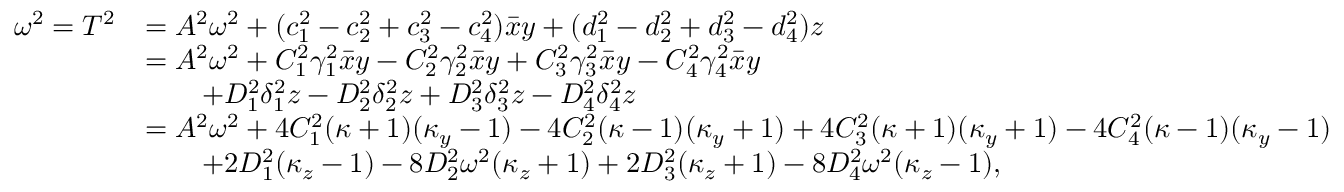
\begin{array} { r l } { \omega ^ { 2 } = T ^ { 2 } } & { = A ^ { 2 } \omega ^ { 2 } + ( c _ { 1 } ^ { 2 } - c _ { 2 } ^ { 2 } + c _ { 3 } ^ { 2 } - c _ { 4 } ^ { 2 } ) \bar { x } y + ( d _ { 1 } ^ { 2 } - d _ { 2 } ^ { 2 } + d _ { 3 } ^ { 2 } - d _ { 4 } ^ { 2 } ) z } \\ & { = A ^ { 2 } \omega ^ { 2 } + C _ { 1 } ^ { 2 } \gamma _ { 1 } ^ { 2 } \bar { x } y - C _ { 2 } ^ { 2 } \gamma _ { 2 } ^ { 2 } \bar { x } y + C _ { 3 } ^ { 2 } \gamma _ { 3 } ^ { 2 } \bar { x } y - C _ { 4 } ^ { 2 } \gamma _ { 4 } ^ { 2 } \bar { x } y } \\ & { \qquad + D _ { 1 } ^ { 2 } \delta _ { 1 } ^ { 2 } z - D _ { 2 } ^ { 2 } \delta _ { 2 } ^ { 2 } z + D _ { 3 } ^ { 2 } \delta _ { 3 } ^ { 2 } z - D _ { 4 } ^ { 2 } \delta _ { 4 } ^ { 2 } z } \\ & { = A ^ { 2 } \omega ^ { 2 } + 4 C _ { 1 } ^ { 2 } ( \kappa + 1 ) ( \kappa _ { y } - 1 ) - 4 C _ { 2 } ^ { 2 } ( \kappa - 1 ) ( \kappa _ { y } + 1 ) + 4 C _ { 3 } ^ { 2 } ( \kappa + 1 ) ( \kappa _ { y } + 1 ) - 4 C _ { 4 } ^ { 2 } ( \kappa - 1 ) ( \kappa _ { y } - 1 ) } \\ & { \qquad + 2 D _ { 1 } ^ { 2 } ( \kappa _ { z } - 1 ) - 8 D _ { 2 } ^ { 2 } \omega ^ { 2 } ( \kappa _ { z } + 1 ) + 2 D _ { 3 } ^ { 2 } ( \kappa _ { z } + 1 ) - 8 D _ { 4 } ^ { 2 } \omega ^ { 2 } ( \kappa _ { z } - 1 ) , } \end{array}